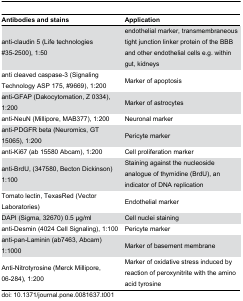
<table><thead><tr><td><b>Antibodies and stains</b></td><td><b>Application</b></td></tr></thead><tbody><tr><td>anti-claudin 5 (Life technologies #35-2500), 1:50</td><td>endothelial marker, transmembraneous tight junction linker protein of the BBB and other endothelial cells e.g. within gut, kidneys</td></tr><tr><td>anti cleaved caspase-3 (Signaling Technology ASP 175, #9669), 1:200</td><td>Marker of apoptosis </td></tr><tr><td>anti-GFAP (Dakocytomation, Z 0334), 1:200</td><td>Marker of astrocytes</td></tr><tr><td>anti-NeuN (Millipore, MAB377), 1:200</td><td>Neuronal marker</td></tr><tr><td>anti-PDGFR beta (Neuromics, GT 15065), 1:200</td><td>Pericyte marker</td></tr><tr><td>anti-Ki67 (ab 15580 Abcam), 1:200 </td><td>Cell proliferation marker</td></tr><tr><td>anti-BrdU, (347580, Becton Dickinson) 1:100</td><td>Staining against the nucleoside analogue of thymidine (BrdU), an indicator of DNA replication</td></tr><tr><td>Tomato lectin, TexasRed (Vector Laboratories)</td><td>Endothelial marker</td></tr><tr><td>DAPI (Sigma, 32670) 0.5 μg/ml</td><td>Cell nuclei staining</td></tr><tr><td>anti-Desmin (4024 Cell Signaling), 1:100</td><td>Pericyte marker</td></tr><tr><td>anti-pan-Laminin (ab7463, Abcam) 1:1000</td><td>Marker of basement membrane</td></tr><tr><td>Anti-Nitrotyrosine (Merck Millipore, 06-284), 1:200</td><td>Marker of oxidative stress induced by reaction of peroxynitrite with the amino acid tyrosine</td></tr></tbody></table>